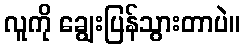
လူကို ချွေးပြန်သွားတာပဲ။